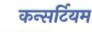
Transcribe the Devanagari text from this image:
कन्सर्टियम